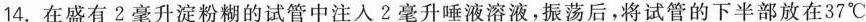
14. 在盛有2毫升淀粉糊的试管中注入2毫升唾液溶液，振荡后，将试管的下半部放在37^{\circ}C